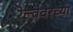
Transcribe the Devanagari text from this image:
रेल्वेवरच्या